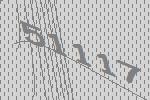
51117